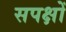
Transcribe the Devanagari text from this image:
सपक्षों